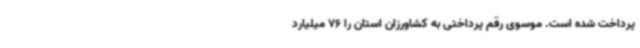
پرداخت شده است. موسوی رقم پرداختی به کشاورزان استان را 76 میلیارد